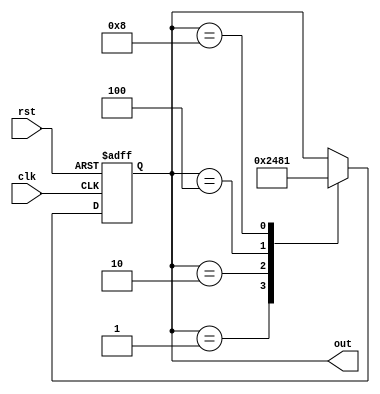
module johnson_counter(
    input clk,
    input rst,
    output reg [3:0] out
);

reg [3:0] state;

always @(posedge clk or posedge rst) begin
    if (rst) begin
        state <= 4'b0001;
    end else begin
        case(state)
            4'b0001: state <= 4'b0010;
            4'b0010: state <= 4'b0100;
            4'b0100: state <= 4'b1000;
            4'b1000: state <= 4'b0001;
        endcase
    end
end

assign out = state;

endmodule